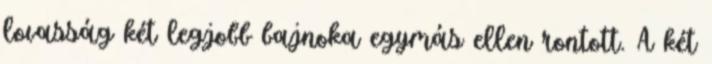
lovasság két legjobb bajnoka egymás ellen rontott. A két